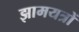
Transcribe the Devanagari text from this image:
झामयत्रों